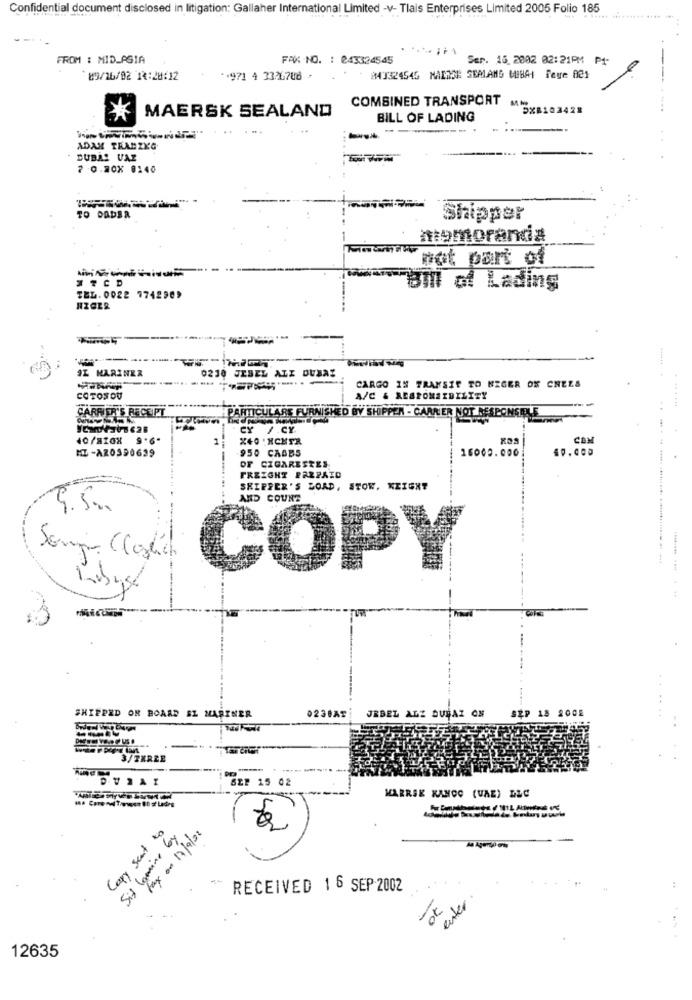
Confidential document disclosed in litigation: Gallaher International Limited -v- Tlais Enterprises Limited 2005 Folio 185
FROM : MID_PSIA
FAX NO. : 243324545
Ser. 15. 2002 02:21PM PA-
`89/16/02 14:28:12
** 971 4 33/6708 +
143324545 MALICE SEALAND WEBAI Page 821
MAERSK SEALAND COMBINED TRANSPORT
1034
BILL OF LADING
-
ADAM TRANZKG
DUBA! VAZ
7 0.20X 0140
TO DADER
Shipper
nomoranda
not part of
ITCD
am of Lading
TEL. 0022 7742989
9L MARINER
0230 JEBEL ALI DUNAS
CARGO IN TRANSIT TO NIGER OK CHEZS
COTONOU
A/C & RESPONSIBILITY
CARRIER'S RECEIPT
PARTICULARS FURNISHED BY SHIPPER - CARRER NOT RESPONSELLE
CY /.CY
----
40/a10X 9.6-
1
COM
MZ-AZ0390639
40.000
950 CASB5
16000.000
OF CIGARESZES
FREIGHT PAZZAID
SKIPPER'S BORD, STOW. KEIGHT
AND COUNT
9.5 ..
Somp Cosla
COPY
SEP 18 200E
SHIPPED OR BOARD EL MARINER
0239AT
JEBEL ALI DURAZ ON
3/TERZE
SEP 15 02
KARRSK KANOO (UAE) DLC
Capy sent to
Six lamine by
Fax on 17/9/22
RECEIVED 1 6 SEP 2002
enter
12635